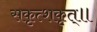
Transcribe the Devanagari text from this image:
सकृत्शकृत्॥